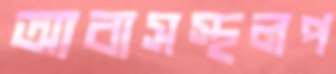
আবাসস্থলপ